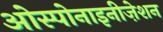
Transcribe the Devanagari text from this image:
ओस्पोनाइनीज़ेशन